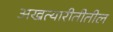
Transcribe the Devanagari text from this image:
अखत्यारीतीतील